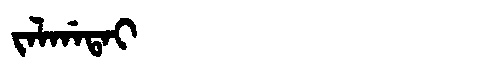
Manchu: ᠵᠠᠯᡤᠠᡨᠠᡳ
Romanization: JALGATAI